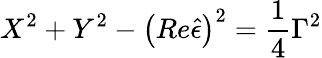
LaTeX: X^{2}+Y^{2}-\left(Re\hat{\epsilon}\right)^{2}=\frac 14\Gamma^{2}